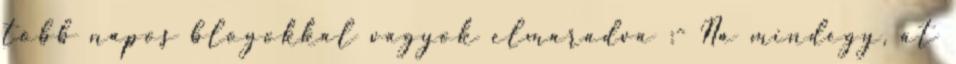
több napos blogokkal vagyok elmaradva :- Na mindegy, át